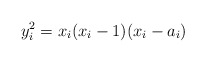
\begin{align*}y_i^2 = x_i(x_i-1)(x_i- a_i)\end{align*}